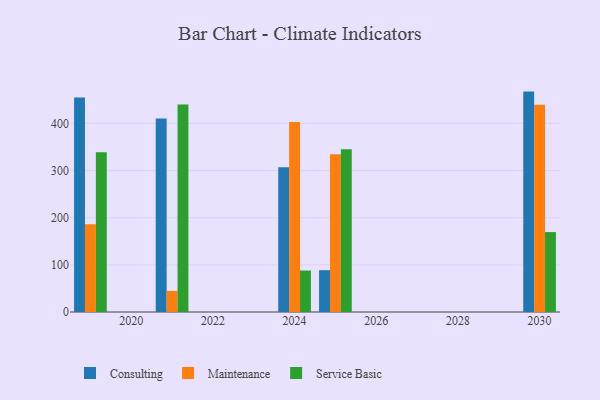
{"axis": {"x": "Year", "y": "Waste Production (Tons)"}, "legend": ["Consulting", "Maintenance", "Service Basic"], "data": [{"x": "2019", "y": 455.1, "type": "Consulting"}, {"x": "2019", "y": 185.9, "type": "Maintenance"}, {"x": "2019", "y": 338.6, "type": "Service Basic"}, {"x": "2025", "y": 88.7, "type": "Consulting"}, {"x": "2025", "y": 334.4, "type": "Maintenance"}, {"x": "2025", "y": 345.4, "type": "Service Basic"}, {"x": "2030", "y": 467.5, "type": "Consulting"}, {"x": "2030", "y": 439.5, "type": "Maintenance"}, {"x": "2030", "y": 169.5, "type": "Service Basic"}, {"x": "2021", "y": 410.4, "type": "Consulting"}, {"x": "2021", "y": 44.8, "type": "Maintenance"}, {"x": "2021", "y": 440.3, "type": "Service Basic"}, {"x": "2024", "y": 307.3, "type": "Consulting"}, {"x": "2024", "y": 403.1, "type": "Maintenance"}, {"x": "2024", "y": 88.0, "type": "Service Basic"}]}